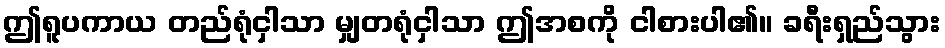
ဤရူပကာယ တည်ရုံငှါသာ မျှတရုံငှါသာ ဤအစကို ငါစားပါ၏။ ခရီးရှည်သွား